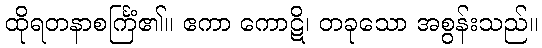
ထိုရတနာစင်္ကြံ၏။ ဧကာ ကောဋိ၊ တခုသော အစွန်းသည်။